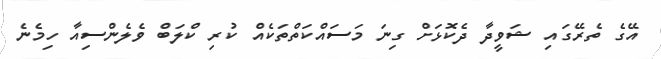
އޭގެ ތެރޭގައި ޝަވީދާ ދެކޮޅަށް ގިނަ މަސައްކަތްތަކެއް ކުރި ކްލަބް ވެލެންސިއާ ހިމެނެ